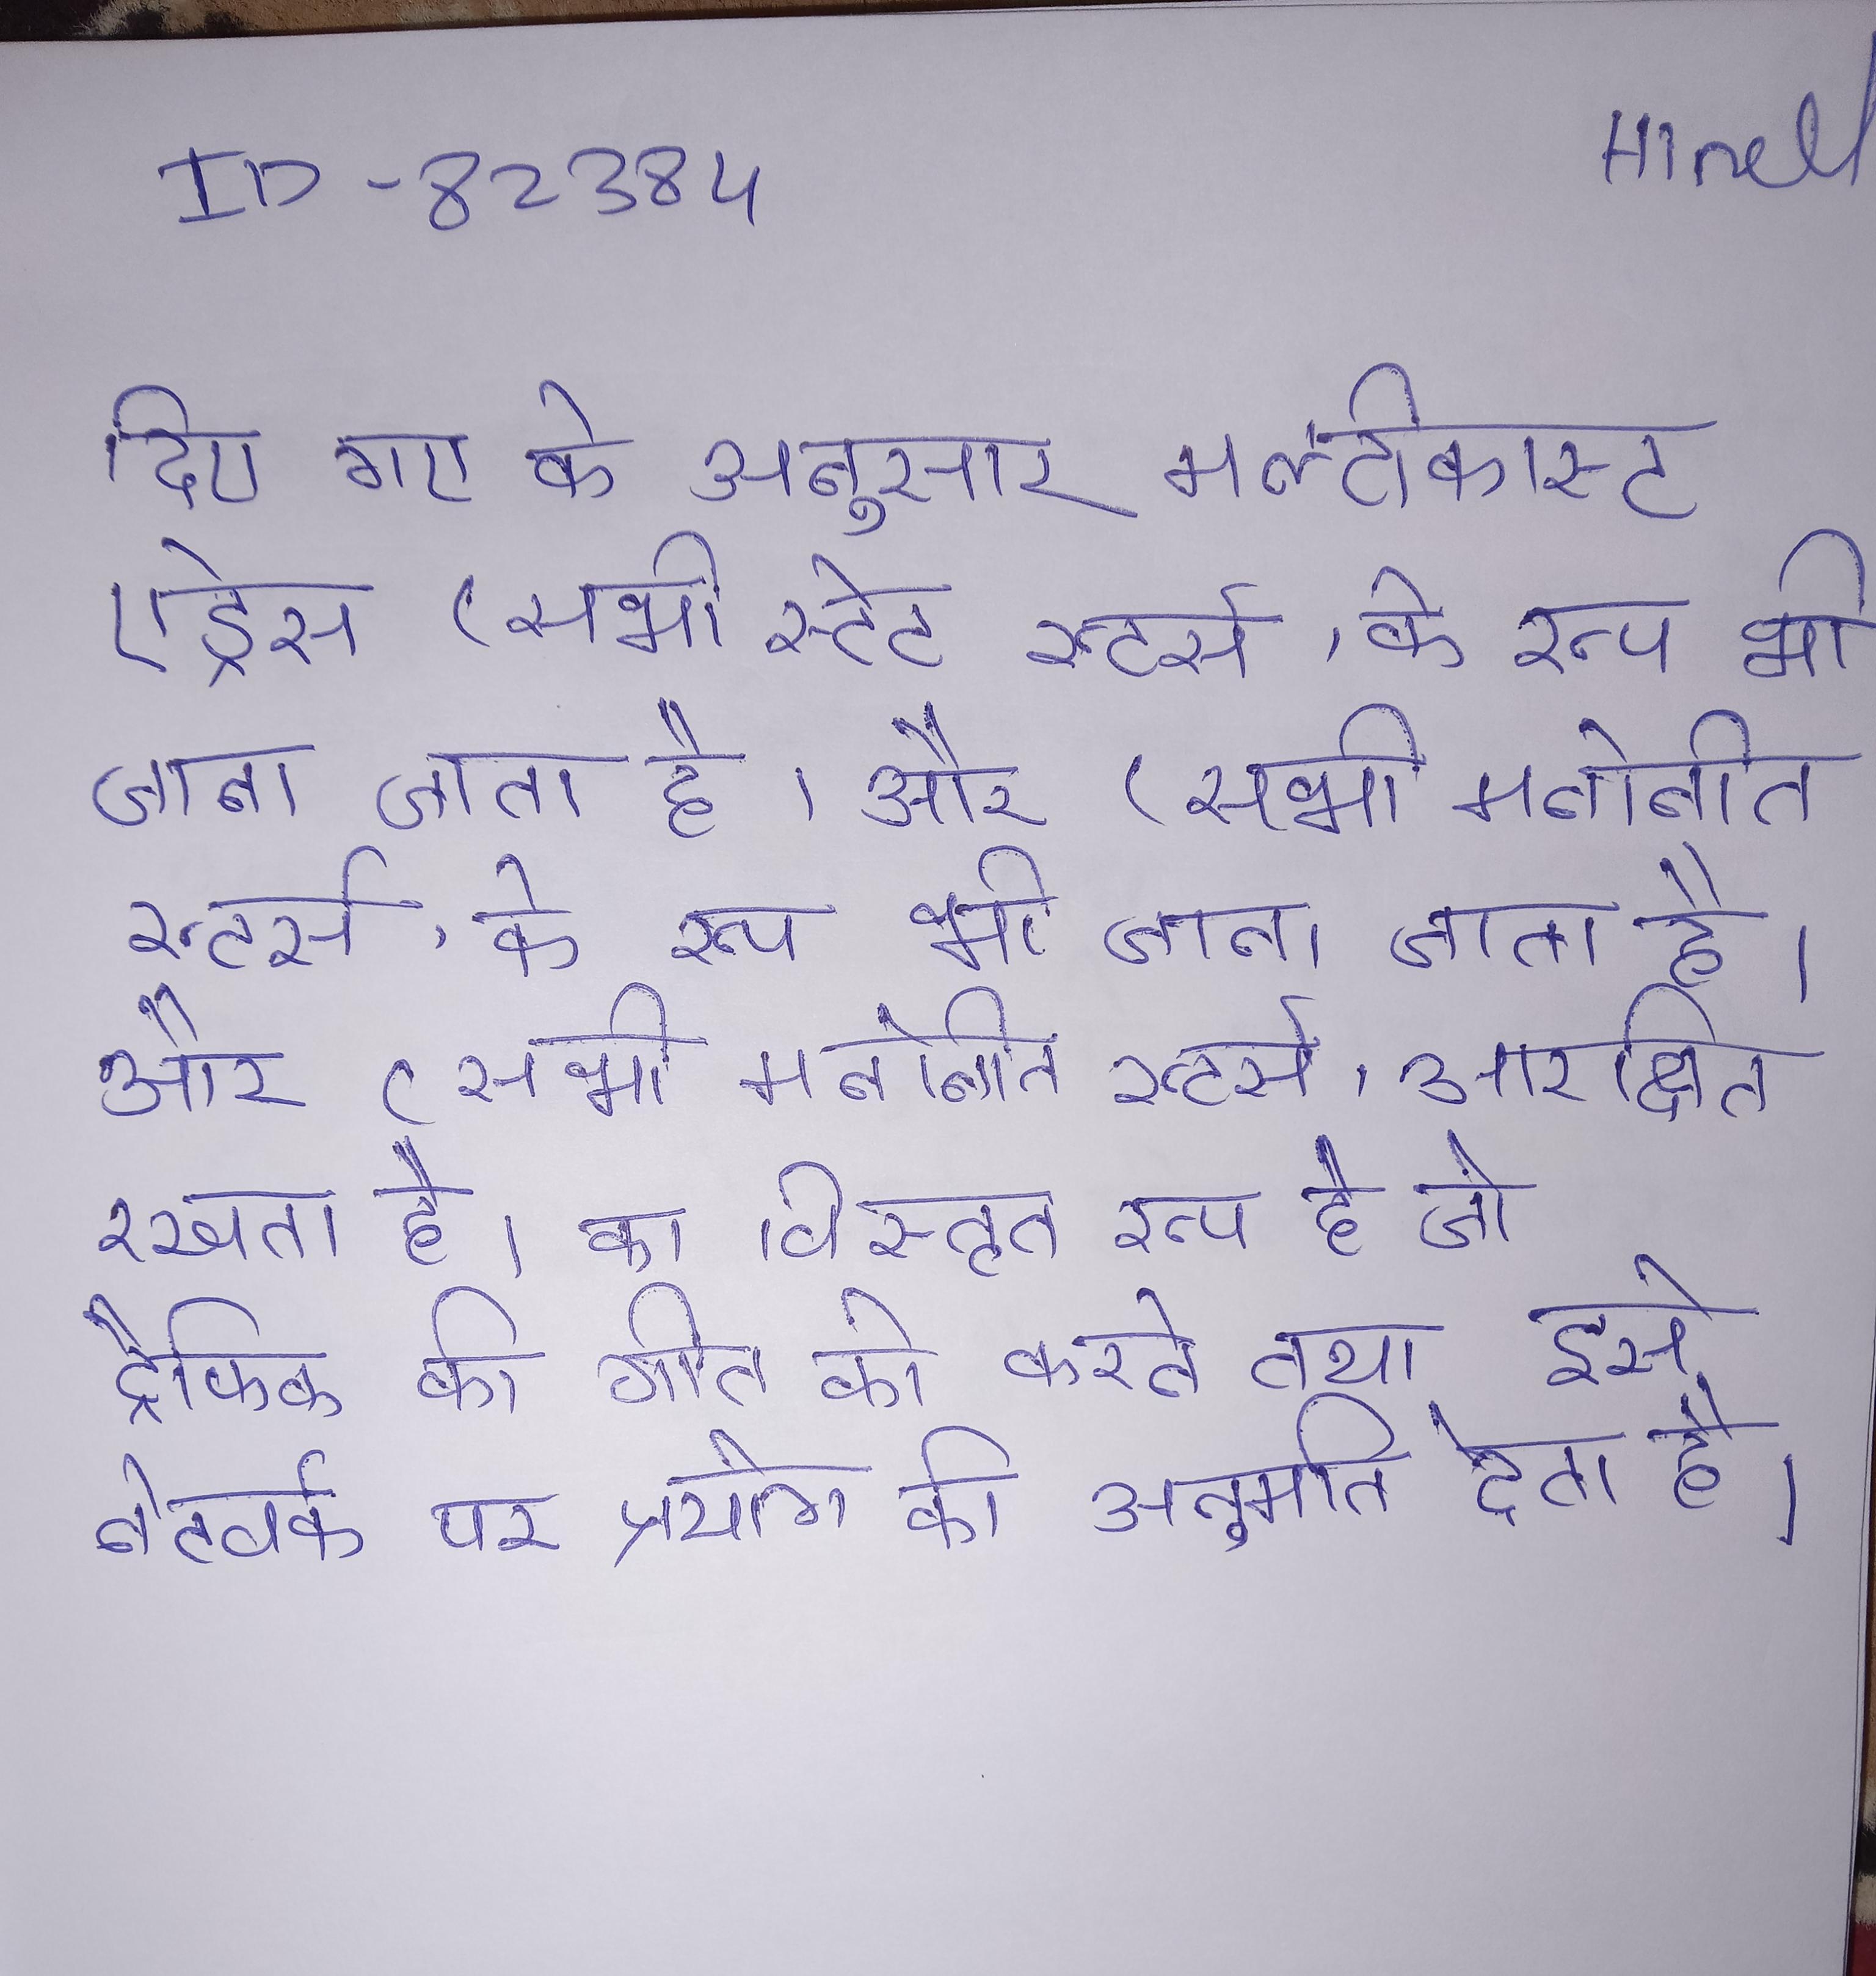
दिए गए के अनुसार मल्टीकास्ट एड्रेस (सभी स्टेट रूटर्स, के रूप भी जाना जाता है) और (सभी मनोनीत रूटर्स, आरक्षित रखता है । का विस्तृत रूप है जो ट्रैफिक की गति को करने तथा इसे नेटवर्क पर प्रयोग की अनुमति देता है ।